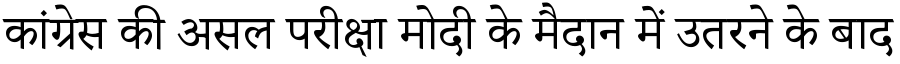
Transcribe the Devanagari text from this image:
कांग्रेस की असल परीक्षा मोदी के मैदान में उतरने के बाद